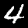
Label: 4